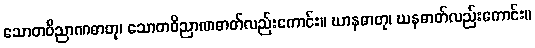
သောတဝိညာဏဓာတု၊ သောတဝိညာဏဓာတ်လည်းကောင်း။ ဃာနဓာတု၊ ဃနဓာတ်လည်းကောင်း။